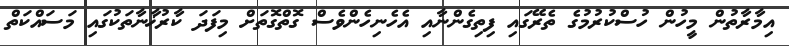
އިމާރާތުން މީހުން ހުސްކުރުމުގެ ތެރޭގައި ފިތިގެންނާއި އެހެނިހެންވެސް ގޮތްގޮތަށް މިފަދަ ކާރުޚާނާތަކުގައި މަސައްކަތް